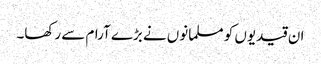
ان قیدیوں کو مسلمانوں نے بڑے آرام سے رکھا۔